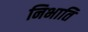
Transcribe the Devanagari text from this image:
निभाति